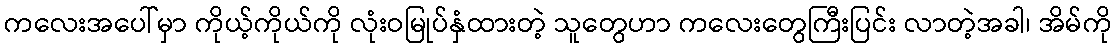
ကလေးအပေါ်မှာ ကိုယ့်ကိုယ်ကို လုံးဝမြုပ်နှံထားတဲ့ သူတွေဟာ ကလေးတွေကြီးပြင်း လာတဲ့အခါ၊ အိမ်ကို